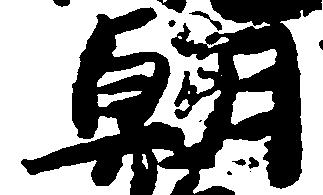
朝